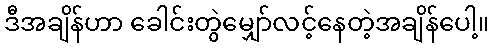
ဒီအချိန်ဟာ ခေါင်းတွဲမျှော်လင့်နေတဲ့အချိန်ပေါ့။